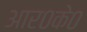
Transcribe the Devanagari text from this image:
आर०के०